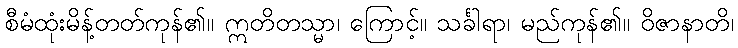
စီမံထုံးမိန့်တတ်ကုန်၏။ ဣတိတသ္မာ၊ ကြောင့်။ သင်္ခါရာ၊ မည်ကုန်၏။ ဝိဇာနာတိ၊